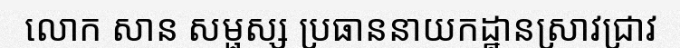
លោក សាន សម្ផស្ស ប្រធាននាយកដ្ឋានស្រាវជ្រាវ